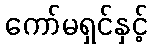
ကော်မရှင်နှင့်